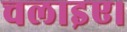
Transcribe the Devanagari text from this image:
चलाइए।